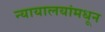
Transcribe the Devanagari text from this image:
न्यायालयांमधून